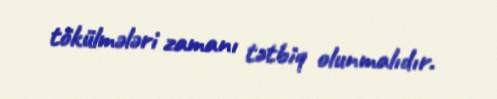
tökülmələri zamanı tətbiq olunmalıdır.